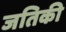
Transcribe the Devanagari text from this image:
जतिकी